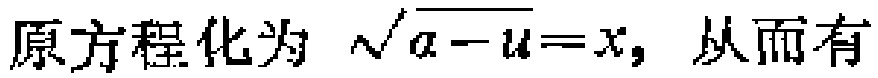
原方程化为 \(\sqrt{a - u}=x\)，从而有